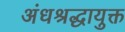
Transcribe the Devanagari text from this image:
अंधश्रद्धायुक्त